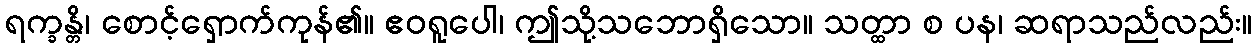
ရက္ခန္တိ၊ စောင့်ရှောက်ကုန်၏။ ဧဝရူပေါ၊ ဤသို့သဘောရှိသော။ သတ္ထာ စ ပန၊ ဆရာသည်လည်း။